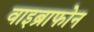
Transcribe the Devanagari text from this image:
वाइब्राफोन